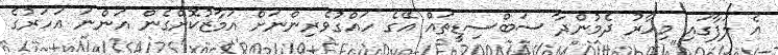
އެ ލަފާގައި މިހާރު ދެމުންދާ ސަބްސިޑީތައް އޭގެ ހައްގުވެރިންނަށް އަމާޒުކޮށްގެން އަންނަ އަހަރުގެ